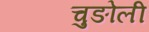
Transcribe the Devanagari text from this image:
चुङोली